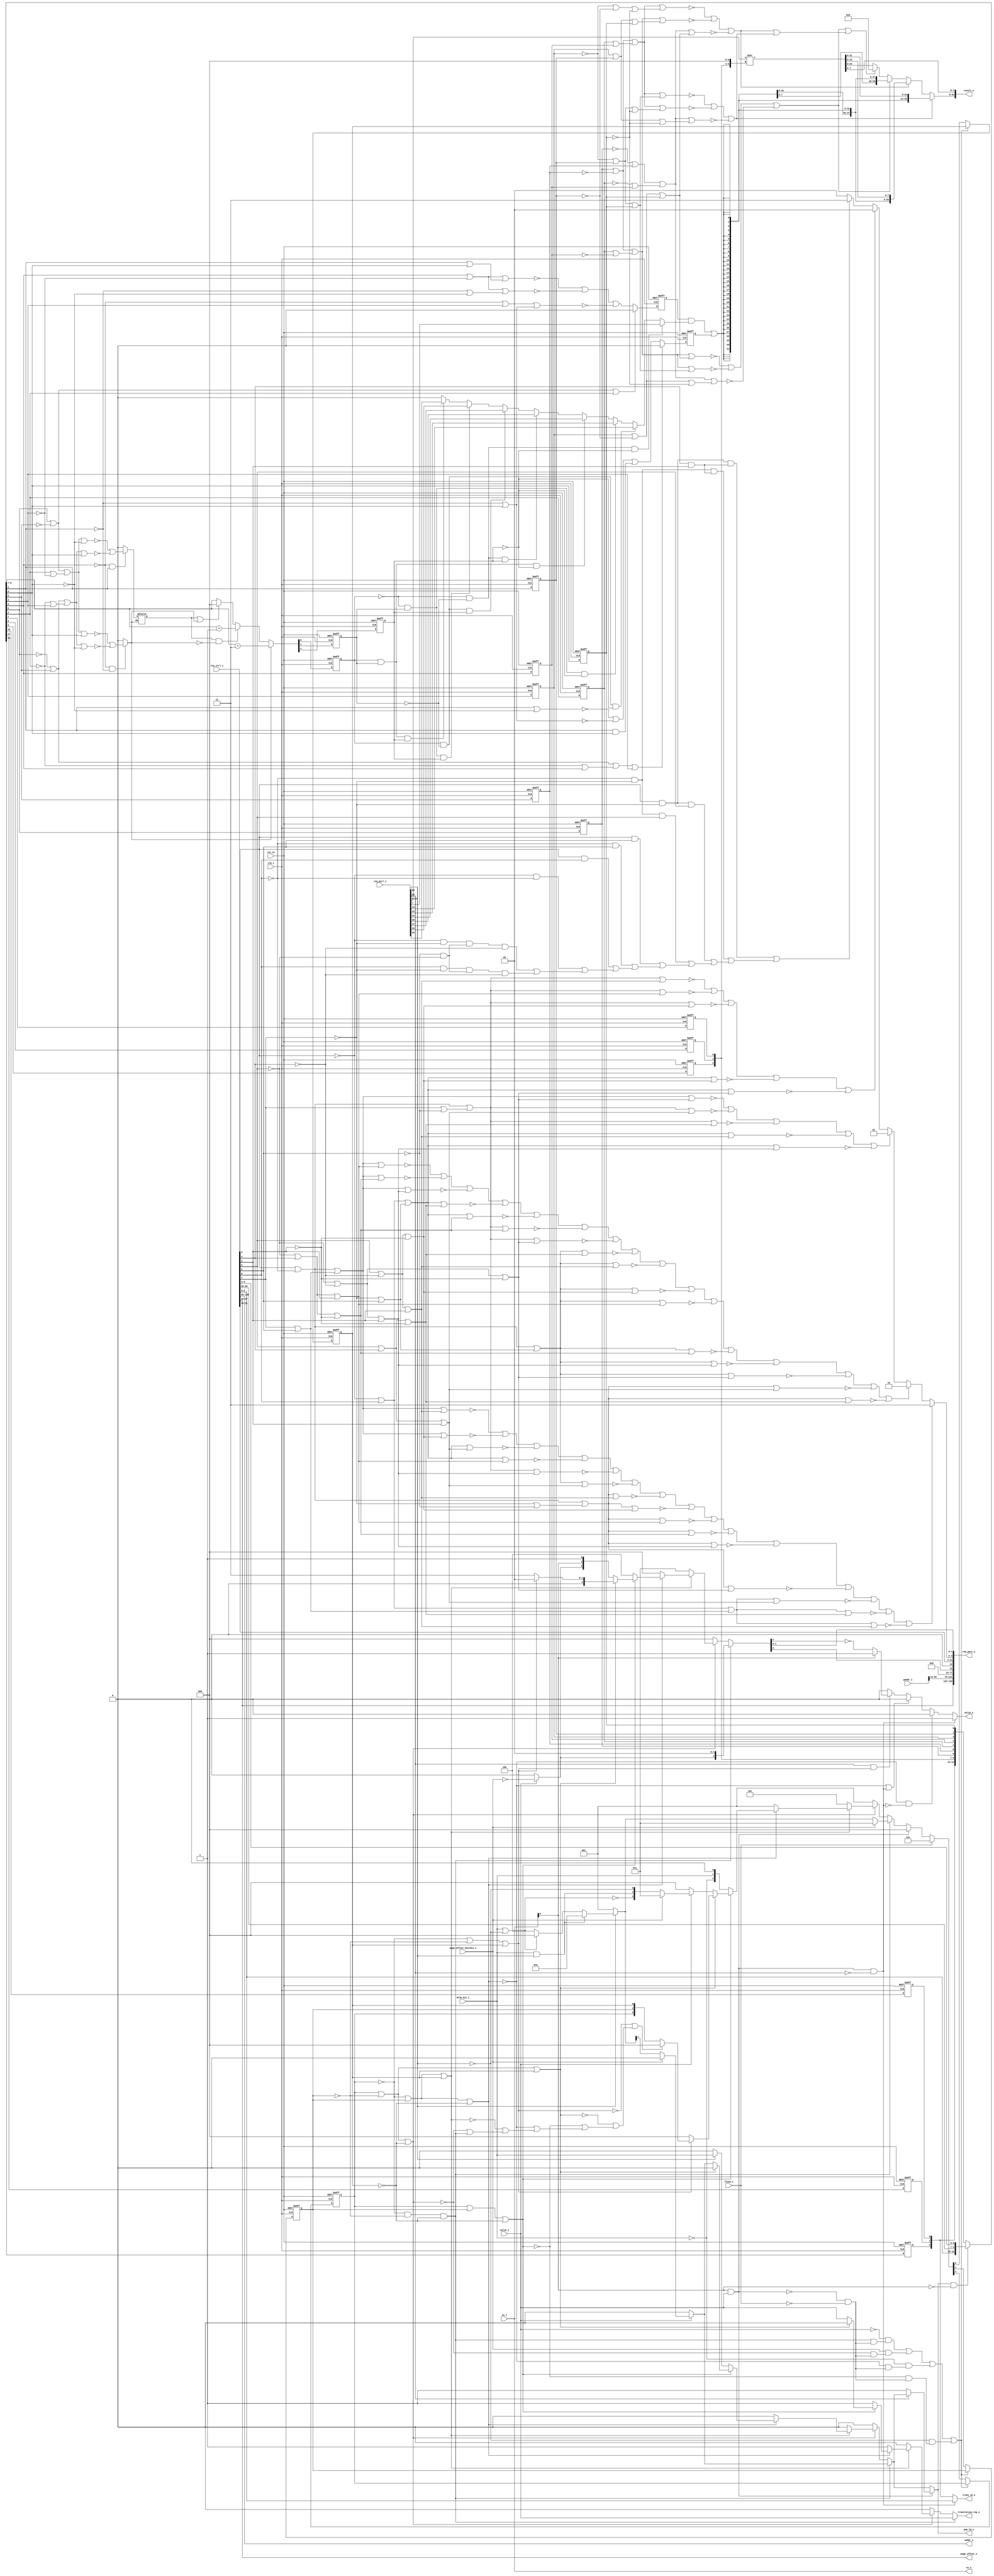
module load_unit
(
  clk_i,
  rst_ni,
  flush_i,
  valid_i,
  lsu_ctrl_i,
  pop_ld_o,
  valid_o,
  trans_id_o,
  result_o,
  ex_o,
  translation_req_o,
  vaddr_o,
  paddr_i,
  ex_i,
  dtlb_hit_i,
  page_offset_o,
  page_offset_matches_i,
  req_port_i,
  req_port_o
);

  input [150:0] lsu_ctrl_i;
  output [2:0] trans_id_o;
  output [63:0] result_o;
  output [128:0] ex_o;
  output [63:0] vaddr_o;
  input [63:0] paddr_i;
  input [128:0] ex_i;
  output [11:0] page_offset_o;
  input [65:0] req_port_i;
  output [133:0] req_port_o;
  input clk_i;
  input rst_ni;
  input flush_i;
  input valid_i;
  input dtlb_hit_i;
  input page_offset_matches_i;
  output pop_ld_o;
  output valid_o;
  output translation_req_o;
  wire [2:0] trans_id_o,state_d,idx_d;
  wire [63:0] result_o,vaddr_o;
  wire [128:0] ex_o;
  wire [11:0] page_offset_o;
  wire [133:0] req_port_o;
  wire pop_ld_o,valid_o,translation_req_o,N0,N1,N2,N3,N4,N5,N6,N7,N8,N9,N10,N11,N12,
  N13,N14,N15,N16,N17,N18,N19,N20,N21,N22,N23,N24,N25,N26,N27,N28,N29,N30,N31,N32,
  N33,N34,N35,N36,N37,N38,N39,N40,N41,N42,N43,N44,N45,N46,N47,N48,N49,N50,N51,N52,
  N53,N54,N55,N56,N57,N58,N59,N60,N61,N62,N63,N64,N65,N66,N67,N68,N69,N70,N71,N72,
  N73,N74,N75,N76,N77,N78,N79,N80,N81,N82,N83,N84,N85,N86,N87,N88,N89,N90,N91,N92,
  N93,N94,N95,N96,N97,N98,N99,N100,N101,N102,N103,N104,N105,N106,N107,N108,N109,N110,
  N111,N112,N113,N114,N115,N116,N117,N118,N119,N120,N121,N122,N123,N124,N125,N126,
  N127,N128,N129,N130,N131,N132,N133,N134,N135,N136,N137,N138,N139,N140,N141,N142,
  N143,N144,N145,N146,N147,N148,N149,N150,N151,N152,N153,N154,N155,N156,N157,N158,
  N159,N160,N161,N162,N163,N164,N165,N166,N167,N168,N169,N170,N171,N172,N173,N174,
  N175,N176,N177,N178,N179,N180,N181,N182,N183,N184,N185,N186,N187,N188,N189,N190,
  N191,N192,N193,N194,N195,N196,N197,N198,N199,N200,N201,N202,N203,N204,N205,N206,
  N207,N208,N209,N210,N211,N212,N213,N214,N215,N216,N217,N218,N219,N220,N221,N222,
  N223,N224,N225,N226,N227,N228,signed_d,N229,N230,N231,N232,N233,N234,N235,N236,
  N237,N238,N239,fp_sign_d,N240,N241,N242,N243,N244,N245,N246,N247,N248,N249,N250,
  N251,N252,N253,N254,N255,N256,N257,N258,N259,N260,N261,N262,N263,N264,N265,N266,
  N267,N268,N269,N270,N271,N272,N273,N274,N275,N276,N277,N278,N279,N280,N281,N282,
  N283,N284,N285,N286,N287,N288,N289,N290,N291,sign_bit,N292,N293,N294,N295,N296,
  N297,N298,N299,N300,N301,N302,N303,N304,N305,N306,N307,N308,N309,N310,N311,N312,
  N313,N314,N315,N316,N317,N318,N319,N320,N321,N322,N323,N324,N325,N326,N327,N328,
  N329,N330,N331,N332,N333,N334,N335,N336,N337,N338,N339,N340,N341,N342,N343,N344,
  N345,N346,N347,N348,N349,N350,N351,N352,N353,N354,N355,N356,N357,N358,N359,N360,
  N361,N362,N363,N364,N365,N366,N367,N368,N369,N370,N371,N372,N373,N374,N375,N376,
  N377,N378,N379,N380,N381,N382,N383,N384,N385,N386,N387,N388,N389,N390,N391,N392,
  N393,N394,N395,N396,N397,N398,N399,N400,N401,N402,N403,N404,N405,N406,N407,N408,
  N409,N410,N411,N412,N413,N414,N415,N416,N417,N418,N419,N420,N421,N422,N423,N424,
  N425,N426,N427,N428,N429,N430,N431,N432,N433,N434,N435,N436,N437,N438,N439,N440,
  N441,N442,N443,N444,N445,N446,N447,N448,N449,N450,N451,N452,N453,N454,N455,N456,
  N457,N458,N459,N460,N461,N462,N463,N464,N465,N466,N467,N468,N469,N470,N471,N472,
  N473,N474,N475,N476,N477,N478,N479,N480,N481,N482,N483,N484,N485,N486,N487;
  wire [12:0] load_data_d;
  wire [63:8] shifted_data;
  reg [12:0] load_data_q;
  reg [2:0] state_q,idx_q;
  reg n__tmp493,signed_q,fp_sign_q;
  assign req_port_o[14] = 1'b0;
  assign req_port_o[15] = 1'b0;
  assign req_port_o[16] = 1'b0;
  assign req_port_o[17] = 1'b0;
  assign req_port_o[18] = 1'b0;
  assign req_port_o[19] = 1'b0;
  assign req_port_o[20] = 1'b0;
  assign req_port_o[21] = 1'b0;
  assign req_port_o[22] = 1'b0;
  assign req_port_o[23] = 1'b0;
  assign req_port_o[24] = 1'b0;
  assign req_port_o[25] = 1'b0;
  assign req_port_o[26] = 1'b0;
  assign req_port_o[27] = 1'b0;
  assign req_port_o[28] = 1'b0;
  assign req_port_o[29] = 1'b0;
  assign req_port_o[30] = 1'b0;
  assign req_port_o[31] = 1'b0;
  assign req_port_o[32] = 1'b0;
  assign req_port_o[33] = 1'b0;
  assign req_port_o[34] = 1'b0;
  assign req_port_o[35] = 1'b0;
  assign req_port_o[36] = 1'b0;
  assign req_port_o[37] = 1'b0;
  assign req_port_o[38] = 1'b0;
  assign req_port_o[39] = 1'b0;
  assign req_port_o[40] = 1'b0;
  assign req_port_o[41] = 1'b0;
  assign req_port_o[42] = 1'b0;
  assign req_port_o[43] = 1'b0;
  assign req_port_o[44] = 1'b0;
  assign req_port_o[45] = 1'b0;
  assign req_port_o[46] = 1'b0;
  assign req_port_o[47] = 1'b0;
  assign req_port_o[48] = 1'b0;
  assign req_port_o[49] = 1'b0;
  assign req_port_o[50] = 1'b0;
  assign req_port_o[51] = 1'b0;
  assign req_port_o[52] = 1'b0;
  assign req_port_o[53] = 1'b0;
  assign req_port_o[54] = 1'b0;
  assign req_port_o[55] = 1'b0;
  assign req_port_o[56] = 1'b0;
  assign req_port_o[57] = 1'b0;
  assign req_port_o[58] = 1'b0;
  assign req_port_o[59] = 1'b0;
  assign req_port_o[60] = 1'b0;
  assign req_port_o[61] = 1'b0;
  assign req_port_o[62] = 1'b0;
  assign req_port_o[63] = 1'b0;
  assign req_port_o[64] = 1'b0;
  assign req_port_o[65] = 1'b0;
  assign req_port_o[66] = 1'b0;
  assign req_port_o[67] = 1'b0;
  assign req_port_o[68] = 1'b0;
  assign req_port_o[69] = 1'b0;
  assign req_port_o[70] = 1'b0;
  assign req_port_o[71] = 1'b0;
  assign req_port_o[72] = 1'b0;
  assign req_port_o[73] = 1'b0;
  assign req_port_o[74] = 1'b0;
  assign req_port_o[75] = 1'b0;
  assign req_port_o[76] = 1'b0;
  assign req_port_o[77] = 1'b0;
  assign req_port_o[12] = 1'b0;
  assign req_port_o[133] = lsu_ctrl_i[97];
  assign vaddr_o[11] = lsu_ctrl_i[97];
  assign page_offset_o[11] = lsu_ctrl_i[97];
  assign req_port_o[132] = lsu_ctrl_i[96];
  assign vaddr_o[10] = lsu_ctrl_i[96];
  assign page_offset_o[10] = lsu_ctrl_i[96];
  assign req_port_o[131] = lsu_ctrl_i[95];
  assign vaddr_o[9] = lsu_ctrl_i[95];
  assign page_offset_o[9] = lsu_ctrl_i[95];
  assign req_port_o[130] = lsu_ctrl_i[94];
  assign vaddr_o[8] = lsu_ctrl_i[94];
  assign page_offset_o[8] = lsu_ctrl_i[94];
  assign req_port_o[129] = lsu_ctrl_i[93];
  assign vaddr_o[7] = lsu_ctrl_i[93];
  assign page_offset_o[7] = lsu_ctrl_i[93];
  assign req_port_o[128] = lsu_ctrl_i[92];
  assign vaddr_o[6] = lsu_ctrl_i[92];
  assign page_offset_o[6] = lsu_ctrl_i[92];
  assign req_port_o[127] = lsu_ctrl_i[91];
  assign vaddr_o[5] = lsu_ctrl_i[91];
  assign page_offset_o[5] = lsu_ctrl_i[91];
  assign req_port_o[126] = lsu_ctrl_i[90];
  assign vaddr_o[4] = lsu_ctrl_i[90];
  assign page_offset_o[4] = lsu_ctrl_i[90];
  assign req_port_o[125] = lsu_ctrl_i[89];
  assign vaddr_o[3] = lsu_ctrl_i[89];
  assign page_offset_o[3] = lsu_ctrl_i[89];
  assign req_port_o[124] = lsu_ctrl_i[88];
  assign vaddr_o[2] = lsu_ctrl_i[88];
  assign page_offset_o[2] = lsu_ctrl_i[88];
  assign req_port_o[123] = lsu_ctrl_i[87];
  assign vaddr_o[1] = lsu_ctrl_i[87];
  assign page_offset_o[1] = lsu_ctrl_i[87];
  assign req_port_o[122] = lsu_ctrl_i[86];
  assign vaddr_o[0] = lsu_ctrl_i[86];
  assign page_offset_o[0] = lsu_ctrl_i[86];
  assign vaddr_o[63] = lsu_ctrl_i[149];
  assign vaddr_o[62] = lsu_ctrl_i[148];
  assign vaddr_o[61] = lsu_ctrl_i[147];
  assign vaddr_o[60] = lsu_ctrl_i[146];
  assign vaddr_o[59] = lsu_ctrl_i[145];
  assign vaddr_o[58] = lsu_ctrl_i[144];
  assign vaddr_o[57] = lsu_ctrl_i[143];
  assign vaddr_o[56] = lsu_ctrl_i[142];
  assign vaddr_o[55] = lsu_ctrl_i[141];
  assign vaddr_o[54] = lsu_ctrl_i[140];
  assign vaddr_o[53] = lsu_ctrl_i[139];
  assign vaddr_o[52] = lsu_ctrl_i[138];
  assign vaddr_o[51] = lsu_ctrl_i[137];
  assign vaddr_o[50] = lsu_ctrl_i[136];
  assign vaddr_o[49] = lsu_ctrl_i[135];
  assign vaddr_o[48] = lsu_ctrl_i[134];
  assign vaddr_o[47] = lsu_ctrl_i[133];
  assign vaddr_o[46] = lsu_ctrl_i[132];
  assign vaddr_o[45] = lsu_ctrl_i[131];
  assign vaddr_o[44] = lsu_ctrl_i[130];
  assign vaddr_o[43] = lsu_ctrl_i[129];
  assign vaddr_o[42] = lsu_ctrl_i[128];
  assign vaddr_o[41] = lsu_ctrl_i[127];
  assign vaddr_o[40] = lsu_ctrl_i[126];
  assign vaddr_o[39] = lsu_ctrl_i[125];
  assign vaddr_o[38] = lsu_ctrl_i[124];
  assign vaddr_o[37] = lsu_ctrl_i[123];
  assign vaddr_o[36] = lsu_ctrl_i[122];
  assign vaddr_o[35] = lsu_ctrl_i[121];
  assign vaddr_o[34] = lsu_ctrl_i[120];
  assign vaddr_o[33] = lsu_ctrl_i[119];
  assign vaddr_o[32] = lsu_ctrl_i[118];
  assign vaddr_o[31] = lsu_ctrl_i[117];
  assign vaddr_o[30] = lsu_ctrl_i[116];
  assign vaddr_o[29] = lsu_ctrl_i[115];
  assign vaddr_o[28] = lsu_ctrl_i[114];
  assign vaddr_o[27] = lsu_ctrl_i[113];
  assign vaddr_o[26] = lsu_ctrl_i[112];
  assign vaddr_o[25] = lsu_ctrl_i[111];
  assign vaddr_o[24] = lsu_ctrl_i[110];
  assign vaddr_o[23] = lsu_ctrl_i[109];
  assign vaddr_o[22] = lsu_ctrl_i[108];
  assign vaddr_o[21] = lsu_ctrl_i[107];
  assign vaddr_o[20] = lsu_ctrl_i[106];
  assign vaddr_o[19] = lsu_ctrl_i[105];
  assign vaddr_o[18] = lsu_ctrl_i[104];
  assign vaddr_o[17] = lsu_ctrl_i[103];
  assign vaddr_o[16] = lsu_ctrl_i[102];
  assign vaddr_o[15] = lsu_ctrl_i[101];
  assign vaddr_o[14] = lsu_ctrl_i[100];
  assign vaddr_o[13] = lsu_ctrl_i[99];
  assign vaddr_o[12] = lsu_ctrl_i[98];
  assign req_port_o[11] = lsu_ctrl_i[21];
  assign req_port_o[10] = lsu_ctrl_i[20];
  assign req_port_o[9] = lsu_ctrl_i[19];
  assign req_port_o[8] = lsu_ctrl_i[18];
  assign req_port_o[7] = lsu_ctrl_i[17];
  assign req_port_o[6] = lsu_ctrl_i[16];
  assign req_port_o[5] = lsu_ctrl_i[15];
  assign req_port_o[4] = lsu_ctrl_i[14];
  assign ex_o[128] = ex_i[128];
  assign ex_o[127] = ex_i[127];
  assign ex_o[126] = ex_i[126];
  assign ex_o[125] = ex_i[125];
  assign ex_o[124] = ex_i[124];
  assign ex_o[123] = ex_i[123];
  assign ex_o[122] = ex_i[122];
  assign ex_o[121] = ex_i[121];
  assign ex_o[120] = ex_i[120];
  assign ex_o[119] = ex_i[119];
  assign ex_o[118] = ex_i[118];
  assign ex_o[117] = ex_i[117];
  assign ex_o[116] = ex_i[116];
  assign ex_o[115] = ex_i[115];
  assign ex_o[114] = ex_i[114];
  assign ex_o[113] = ex_i[113];
  assign ex_o[112] = ex_i[112];
  assign ex_o[111] = ex_i[111];
  assign ex_o[110] = ex_i[110];
  assign ex_o[109] = ex_i[109];
  assign ex_o[108] = ex_i[108];
  assign ex_o[107] = ex_i[107];
  assign ex_o[106] = ex_i[106];
  assign ex_o[105] = ex_i[105];
  assign ex_o[104] = ex_i[104];
  assign ex_o[103] = ex_i[103];
  assign ex_o[102] = ex_i[102];
  assign ex_o[101] = ex_i[101];
  assign ex_o[100] = ex_i[100];
  assign ex_o[99] = ex_i[99];
  assign ex_o[98] = ex_i[98];
  assign ex_o[97] = ex_i[97];
  assign ex_o[96] = ex_i[96];
  assign ex_o[95] = ex_i[95];
  assign ex_o[94] = ex_i[94];
  assign ex_o[93] = ex_i[93];
  assign ex_o[92] = ex_i[92];
  assign ex_o[91] = ex_i[91];
  assign ex_o[90] = ex_i[90];
  assign ex_o[89] = ex_i[89];
  assign ex_o[88] = ex_i[88];
  assign ex_o[87] = ex_i[87];
  assign ex_o[86] = ex_i[86];
  assign ex_o[85] = ex_i[85];
  assign ex_o[84] = ex_i[84];
  assign ex_o[83] = ex_i[83];
  assign ex_o[82] = ex_i[82];
  assign ex_o[81] = ex_i[81];
  assign ex_o[80] = ex_i[80];
  assign ex_o[79] = ex_i[79];
  assign ex_o[78] = ex_i[78];
  assign ex_o[77] = ex_i[77];
  assign ex_o[76] = ex_i[76];
  assign ex_o[75] = ex_i[75];
  assign ex_o[74] = ex_i[74];
  assign ex_o[73] = ex_i[73];
  assign ex_o[72] = ex_i[72];
  assign ex_o[71] = ex_i[71];
  assign ex_o[70] = ex_i[70];
  assign ex_o[69] = ex_i[69];
  assign ex_o[68] = ex_i[68];
  assign ex_o[67] = ex_i[67];
  assign ex_o[66] = ex_i[66];
  assign ex_o[65] = ex_i[65];
  assign ex_o[64] = ex_i[64];
  assign ex_o[63] = ex_i[63];
  assign ex_o[62] = ex_i[62];
  assign ex_o[61] = ex_i[61];
  assign ex_o[60] = ex_i[60];
  assign ex_o[59] = ex_i[59];
  assign ex_o[58] = ex_i[58];
  assign ex_o[57] = ex_i[57];
  assign ex_o[56] = ex_i[56];
  assign ex_o[55] = ex_i[55];
  assign ex_o[54] = ex_i[54];
  assign ex_o[53] = ex_i[53];
  assign ex_o[52] = ex_i[52];
  assign ex_o[51] = ex_i[51];
  assign ex_o[50] = ex_i[50];
  assign ex_o[49] = ex_i[49];
  assign ex_o[48] = ex_i[48];
  assign ex_o[47] = ex_i[47];
  assign ex_o[46] = ex_i[46];
  assign ex_o[45] = ex_i[45];
  assign ex_o[44] = ex_i[44];
  assign ex_o[43] = ex_i[43];
  assign ex_o[42] = ex_i[42];
  assign ex_o[41] = ex_i[41];
  assign ex_o[40] = ex_i[40];
  assign ex_o[39] = ex_i[39];
  assign ex_o[38] = ex_i[38];
  assign ex_o[37] = ex_i[37];
  assign ex_o[36] = ex_i[36];
  assign ex_o[35] = ex_i[35];
  assign ex_o[34] = ex_i[34];
  assign ex_o[33] = ex_i[33];
  assign ex_o[32] = ex_i[32];
  assign ex_o[31] = ex_i[31];
  assign ex_o[30] = ex_i[30];
  assign ex_o[29] = ex_i[29];
  assign ex_o[28] = ex_i[28];
  assign ex_o[27] = ex_i[27];
  assign ex_o[26] = ex_i[26];
  assign ex_o[25] = ex_i[25];
  assign ex_o[24] = ex_i[24];
  assign ex_o[23] = ex_i[23];
  assign ex_o[22] = ex_i[22];
  assign ex_o[21] = ex_i[21];
  assign ex_o[20] = ex_i[20];
  assign ex_o[19] = ex_i[19];
  assign ex_o[18] = ex_i[18];
  assign ex_o[17] = ex_i[17];
  assign ex_o[16] = ex_i[16];
  assign ex_o[15] = ex_i[15];
  assign ex_o[14] = ex_i[14];
  assign ex_o[13] = ex_i[13];
  assign ex_o[12] = ex_i[12];
  assign ex_o[11] = ex_i[11];
  assign ex_o[10] = ex_i[10];
  assign ex_o[9] = ex_i[9];
  assign ex_o[8] = ex_i[8];
  assign ex_o[7] = ex_i[7];
  assign ex_o[6] = ex_i[6];
  assign ex_o[5] = ex_i[5];
  assign ex_o[4] = ex_i[4];
  assign ex_o[3] = ex_i[3];
  assign ex_o[2] = ex_i[2];
  assign ex_o[1] = ex_i[1];
  assign ex_o[0] = ex_i[0];
  assign req_port_o[121] = paddr_i[55];
  assign req_port_o[120] = paddr_i[54];
  assign req_port_o[119] = paddr_i[53];
  assign req_port_o[118] = paddr_i[52];
  assign req_port_o[117] = paddr_i[51];
  assign req_port_o[116] = paddr_i[50];
  assign req_port_o[115] = paddr_i[49];
  assign req_port_o[114] = paddr_i[48];
  assign req_port_o[113] = paddr_i[47];
  assign req_port_o[112] = paddr_i[46];
  assign req_port_o[111] = paddr_i[45];
  assign req_port_o[110] = paddr_i[44];
  assign req_port_o[109] = paddr_i[43];
  assign req_port_o[108] = paddr_i[42];
  assign req_port_o[107] = paddr_i[41];
  assign req_port_o[106] = paddr_i[40];
  assign req_port_o[105] = paddr_i[39];
  assign req_port_o[104] = paddr_i[38];
  assign req_port_o[103] = paddr_i[37];
  assign req_port_o[102] = paddr_i[36];
  assign req_port_o[101] = paddr_i[35];
  assign req_port_o[100] = paddr_i[34];
  assign req_port_o[99] = paddr_i[33];
  assign req_port_o[98] = paddr_i[32];
  assign req_port_o[97] = paddr_i[31];
  assign req_port_o[96] = paddr_i[30];
  assign req_port_o[95] = paddr_i[29];
  assign req_port_o[94] = paddr_i[28];
  assign req_port_o[93] = paddr_i[27];
  assign req_port_o[92] = paddr_i[26];
  assign req_port_o[91] = paddr_i[25];
  assign req_port_o[90] = paddr_i[24];
  assign req_port_o[89] = paddr_i[23];
  assign req_port_o[88] = paddr_i[22];
  assign req_port_o[87] = paddr_i[21];
  assign req_port_o[86] = paddr_i[20];
  assign req_port_o[85] = paddr_i[19];
  assign req_port_o[84] = paddr_i[18];
  assign req_port_o[83] = paddr_i[17];
  assign req_port_o[82] = paddr_i[16];
  assign req_port_o[81] = paddr_i[15];
  assign req_port_o[80] = paddr_i[14];
  assign req_port_o[79] = paddr_i[13];
  assign req_port_o[78] = paddr_i[12];
  assign N41 = lsu_ctrl_i[9] | N122;
  assign N42 = lsu_ctrl_i[7] | lsu_ctrl_i[6];
  assign N43 = lsu_ctrl_i[5] | N127;
  assign N44 = N41 | N42;
  assign N45 = N43 | lsu_ctrl_i[3];
  assign N46 = N44 | N45;
  assign N48 = N43 | N47;
  assign N49 = N44 | N48;
  assign N50 = N125 | lsu_ctrl_i[8];
  assign N51 = N113 | lsu_ctrl_i[6];
  assign N52 = lsu_ctrl_i[5] | lsu_ctrl_i[4];
  assign N53 = N50 | N51;
  assign N54 = N52 | lsu_ctrl_i[3];
  assign N55 = N53 | N54;
  assign N57 = N56 | lsu_ctrl_i[4];
  assign N58 = N57 | lsu_ctrl_i[3];
  assign N59 = N53 | N58;
  assign N61 = lsu_ctrl_i[7] | N60;
  assign N62 = N56 | N127;
  assign N63 = N41 | N61;
  assign N64 = N62 | lsu_ctrl_i[3];
  assign N65 = N63 | N64;
  assign N66 = N41 | N51;
  assign N67 = N66 | N54;
  assign N68 = N113 | N60;
  assign N69 = N41 | N68;
  assign N70 = N69 | N45;
  assign N71 = N69 | N48;
  assign N72 = N69 | N58;
  assign N73 = N57 | N47;
  assign N74 = N69 | N73;
  assign N75 = N69 | N64;
  assign N76 = N62 | N47;
  assign N77 = N69 | N76;
  assign N78 = N50 | N42;
  assign N79 = N78 | N54;
  assign N80 = N52 | N47;
  assign N81 = N78 | N80;
  assign N82 = N78 | N45;
  assign N84 = N44 | N58;
  assign N85 = N44 | N73;
  assign N86 = N44 | N64;
  assign N87 = N53 | N80;
  assign N88 = N53 | N73;
  assign N89 = N63 | N73;
  assign N90 = N63 | N76;
  assign N91 = N66 | N80;
  assign N92 = N66 | N45;
  assign N93 = N66 | N48;
  assign N94 = N66 | N58;
  assign N95 = N66 | N73;
  assign N96 = N66 | N64;
  assign N97 = N66 | N76;
  assign N98 = N69 | N54;
  assign N99 = N69 | N80;
  assign N101 = N44 | N76;
  assign N102 = N63 | N54;
  assign N103 = N63 | N80;
  assign N104 = N53 | N45;
  assign N105 = N53 | N64;
  assign N107 = N63 | N45;
  assign N108 = N63 | N58;
  assign N109 = N63 | N48;
  assign N110 = N53 | N48;
  assign N111 = N53 | N76;
  assign N114 = lsu_ctrl_i[9] & N113;
  assign N115 = lsu_ctrl_i[4] & lsu_ctrl_i[3];
  assign N116 = N114 & N115;
  assign N117 = N122 & N113;
  assign N118 = N117 & N115;
  assign N119 = N114 & lsu_ctrl_i[5];
  assign N120 = N117 & lsu_ctrl_i[5];
  assign N121 = lsu_ctrl_i[9] & lsu_ctrl_i[6];
  assign N123 = N122 & lsu_ctrl_i[6];
  assign N124 = lsu_ctrl_i[9] & lsu_ctrl_i[8];
  assign N126 = N125 & N122;
  assign N128 = N125 & N113;
  assign N129 = N60 & N56;
  assign N130 = N128 & N129;
  assign N131 = N130 & N127;
  assign N132 = lsu_ctrl_i[8] & N113;
  assign N133 = N132 & N129;
  assign N134 = N133 & N127;
  assign N136 = N372 & N377;
  assign N137 = N136 & N373;
  assign N138 = state_q[2] | N377;
  assign N139 = N138 | N373;
  assign N141 = N372 | state_q[1];
  assign N142 = N141 | state_q[0];
  assign N144 = N372 | state_q[1];
  assign N145 = N144 | N373;
  assign N147 = state_q[2] | state_q[1];
  assign N148 = N147 | N373;
  assign N150 = state_q[2] | N377;
  assign N151 = N150 | state_q[0];
  assign N153 = N372 | N377;
  assign N154 = N153 | state_q[0];

  always @(posedge clk_i or posedge N210) begin
    if(N210) begin
      load_data_q[12] <= 1'b0;
    end else if(1'b1) begin
      load_data_q[12] <= load_data_d[12];
    end 
  end


  always @(posedge clk_i or posedge N210) begin
    if(N210) begin
      load_data_q[11] <= 1'b0;
    end else if(1'b1) begin
      load_data_q[11] <= load_data_d[11];
    end 
  end


  always @(posedge clk_i or posedge N210) begin
    if(N210) begin
      load_data_q[10] <= 1'b0;
    end else if(1'b1) begin
      load_data_q[10] <= load_data_d[10];
    end 
  end


  always @(posedge clk_i or posedge N210) begin
    if(N210) begin
      load_data_q[9] <= 1'b0;
    end else if(1'b1) begin
      load_data_q[9] <= load_data_d[9];
    end 
  end


  always @(posedge clk_i or posedge N210) begin
    if(N210) begin
      load_data_q[8] <= 1'b0;
    end else if(1'b1) begin
      load_data_q[8] <= load_data_d[8];
    end 
  end


  always @(posedge clk_i or posedge N210) begin
    if(N210) begin
      load_data_q[7] <= 1'b0;
    end else if(1'b1) begin
      load_data_q[7] <= load_data_d[7];
    end 
  end


  always @(posedge clk_i or posedge N210) begin
    if(N210) begin
      load_data_q[6] <= 1'b0;
    end else if(1'b1) begin
      load_data_q[6] <= load_data_d[6];
    end 
  end


  always @(posedge clk_i or posedge N210) begin
    if(N210) begin
      load_data_q[5] <= 1'b0;
    end else if(1'b1) begin
      load_data_q[5] <= load_data_d[5];
    end 
  end


  always @(posedge clk_i or posedge N210) begin
    if(N210) begin
      load_data_q[4] <= 1'b0;
    end else if(1'b1) begin
      load_data_q[4] <= load_data_d[4];
    end 
  end


  always @(posedge clk_i or posedge N210) begin
    if(N210) begin
      load_data_q[3] <= 1'b0;
    end else if(1'b1) begin
      load_data_q[3] <= load_data_d[3];
    end 
  end


  always @(posedge clk_i or posedge N210) begin
    if(N210) begin
      load_data_q[2] <= 1'b0;
    end else if(1'b1) begin
      load_data_q[2] <= load_data_d[2];
    end 
  end


  always @(posedge clk_i or posedge N210) begin
    if(N210) begin
      load_data_q[1] <= 1'b0;
    end else if(1'b1) begin
      load_data_q[1] <= load_data_d[1];
    end 
  end


  always @(posedge clk_i or posedge N210) begin
    if(N210) begin
      load_data_q[0] <= 1'b0;
    end else if(1'b1) begin
      load_data_q[0] <= load_data_d[0];
    end 
  end


  always @(posedge clk_i or posedge N210) begin
    if(N210) begin
      state_q[2] <= 1'b0;
    end else if(N371) begin
      state_q[2] <= state_d[2];
    end 
  end


  always @(posedge clk_i or posedge N210) begin
    if(N210) begin
      state_q[1] <= 1'b0;
    end else if(N371) begin
      state_q[1] <= state_d[1];
    end 
  end


  always @(posedge clk_i or posedge N210) begin
    if(N210) begin
      state_q[0] <= 1'b0;
    end else if(N371) begin
      state_q[0] <= state_d[0];
    end 
  end

  assign { shifted_data, result_o[7:0] } = req_port_i[63:0] >> { load_data_q[9:7], 1'b0, 1'b0, 1'b0 };
  assign N212 = load_data_d[6] | N211;
  assign N213 = N212 | load_data_d[4];
  assign N216 = load_data_d[3] | N215;
  assign N217 = load_data_d[1] | load_data_d[0];
  assign N218 = N216 | N217;
  assign N221 = load_data_d[3] | N215;
  assign N222 = N219 | N220;
  assign N223 = N221 | N222;
  assign N225 = N224 | load_data_d[2];
  assign N226 = N219 | load_data_d[0];
  assign N227 = N225 | N226;
  assign N231 = N229 | load_data_d[5];
  assign N232 = N230 | load_data_d[3];
  assign N233 = N231 | N232;
  assign N234 = N233 | load_data_d[2];
  assign N236 = load_data_d[1] | N220;
  assign N237 = N219 | load_data_d[0];
  assign N238 = load_data_d[1] & load_data_d[0];
  assign N240 = N224 & N219;
  assign N241 = load_data_d[6] | N211;
  assign N242 = load_data_d[4] | N215;
  assign N243 = N241 | N242;
  assign N244 = N243 | load_data_d[0];
  assign N245 = N229 | load_data_d[5];
  assign N246 = N230 | load_data_d[2];
  assign N247 = N245 | N246;
  assign N248 = N247 | N220;
  assign N253 = N224 & load_data_d[1];
  assign N254 = load_data_d[6] | N211;
  assign N255 = load_data_d[4] | N215;
  assign N256 = N254 | N255;
  assign N257 = N256 | N220;
  assign N258 = N229 | load_data_d[5];
  assign N259 = N230 | load_data_d[2];
  assign N260 = N258 | N259;
  assign N261 = N260 | load_data_d[0];

  always @(N264 or N252) begin
    if(N252) begin
      n__tmp493 <= N264;
    end 
  end

  assign N291 = (N283)? req_port_i[7] : 
                (N285)? req_port_i[15] : 
                (N287)? req_port_i[23] : 
                (N289)? req_port_i[31] : 
                (N284)? req_port_i[39] : 
                (N286)? req_port_i[47] : 
                (N288)? req_port_i[55] : 
                (N290)? req_port_i[63] : 1'b0;
  assign N294 = load_data_q[6] | N292;
  assign N295 = load_data_q[4] | load_data_q[3];
  assign N296 = N293 | load_data_q[1];
  assign N297 = N294 | N295;
  assign N298 = N296 | load_data_q[0];
  assign N299 = N297 | N298;
  assign N301 = load_data_q[6] | N292;
  assign N302 = load_data_q[4] | load_data_q[3];
  assign N303 = N293 | load_data_q[1];
  assign N304 = N301 | N302;
  assign N305 = N303 | N300;
  assign N306 = N304 | N305;
  assign N309 = N307 | load_data_q[5];
  assign N310 = N308 | load_data_q[3];
  assign N311 = load_data_q[2] | load_data_q[1];
  assign N312 = N309 | N310;
  assign N313 = N311 | N300;
  assign N314 = N312 | N313;
  assign N317 = load_data_q[6] | N292;
  assign N318 = load_data_q[4] | load_data_q[3];
  assign N319 = N293 | N316;
  assign N320 = N317 | N318;
  assign N321 = N319 | N300;
  assign N322 = N320 | N321;
  assign N324 = load_data_q[6] | N292;
  assign N325 = load_data_q[4] | N323;
  assign N326 = load_data_q[2] | load_data_q[1];
  assign N327 = N324 | N325;
  assign N328 = N326 | load_data_q[0];
  assign N329 = N327 | N328;
  assign N330 = N307 | load_data_q[5];
  assign N331 = N308 | load_data_q[3];
  assign N332 = load_data_q[2] | N316;
  assign N333 = N330 | N331;
  assign N334 = N332 | load_data_q[0];
  assign N335 = N333 | N334;
  assign N337 = load_data_q[6] | N292;
  assign N338 = load_data_q[4] | N323;
  assign N339 = load_data_q[2] | N316;
  assign N340 = N337 | N338;
  assign N341 = N339 | load_data_q[0];
  assign N342 = N340 | N341;
  assign N343 = load_data_q[6] | N292;
  assign N344 = load_data_q[4] | N323;
  assign N345 = N293 | load_data_q[1];
  assign N346 = N343 | N344;
  assign N347 = N345 | load_data_q[0];
  assign N348 = N346 | N347;
  assign N349 = N307 | load_data_q[5];
  assign N350 = N308 | load_data_q[3];
  assign N351 = load_data_q[2] | N316;
  assign N352 = N349 | N350;
  assign N353 = N351 | N300;
  assign N354 = N352 | N353;

  always @(posedge clk_i or posedge N210) begin
    if(N210) begin
      signed_q <= 1'b0;
    end else if(1'b1) begin
      signed_q <= signed_d;
    end 
  end


  always @(posedge clk_i or posedge N210) begin
    if(N210) begin
      fp_sign_q <= 1'b0;
    end else if(1'b1) begin
      fp_sign_q <= fp_sign_d;
    end 
  end


  always @(posedge clk_i or posedge N210) begin
    if(N210) begin
      idx_q[2] <= 1'b0;
    end else if(1'b1) begin
      idx_q[2] <= idx_d[2];
    end 
  end


  always @(posedge clk_i or posedge N210) begin
    if(N210) begin
      idx_q[1] <= 1'b0;
    end else if(1'b1) begin
      idx_q[1] <= idx_d[1];
    end 
  end


  always @(posedge clk_i or posedge N210) begin
    if(N210) begin
      idx_q[0] <= 1'b0;
    end else if(1'b1) begin
      idx_q[0] <= idx_d[0];
    end 
  end

  assign N372 = ~state_q[2];
  assign N373 = ~state_q[0];
  assign N374 = state_q[1] | N372;
  assign N375 = N373 | N374;
  assign N376 = ~N375;
  assign N377 = ~state_q[1];
  assign N378 = N377 | N372;
  assign N379 = state_q[0] | N378;
  assign { N269, N268, N267 } = load_data_d[9:7] + { 1'b1, 1'b1 };
  assign { N273, N272, N271 } = load_data_d[9:7] + 1'b1;
  assign req_port_o[3:2] = (N0)? { 1'b1, 1'b1 } : 
                           (N1)? { 1'b1, 1'b0 } : 
                           (N2)? { 1'b0, 1'b1 } : 
                           (N3)? { 1'b0, 1'b0 } : 
                           (N4)? { 1'b1, 1'b1 } : 1'b0;
  assign N0 = N83;
  assign N1 = N100;
  assign N2 = N106;
  assign N3 = N112;
  assign N4 = N135;
  assign { N160, N159, N158 } = (N5)? { 1'b0, 1'b0, 1'b1 } : 
                                (N170)? { 1'b0, 1'b1, 1'b0 } : 
                                (N6)? { 1'b1, 1'b0, 1'b0 } : 1'b0;
  assign N5 = N39;
  assign N6 = N171;
  assign N161 = (N7)? N159 : 
                (N8)? 1'b0 : 1'b0;
  assign N7 = N40;
  assign N8 = page_offset_matches_i;
  assign { N164, N163, N162 } = (N7)? { N160, N159, N158 } : 
                                (N8)? { 1'b0, 1'b1, 1'b1 } : 1'b0;
  assign N165 = (N9)? N40 : 
                (N10)? 1'b0 : 1'b0;
  assign N9 = valid_i;
  assign N10 = N156;
  assign N166 = (N9)? N161 : 
                (N10)? 1'b0 : 1'b0;
  assign N169 = (N11)? dtlb_hit_i : 
                (N168)? 1'b0 : 1'b0;
  assign N11 = req_port_i[65];
  assign N171 = ~N157;
  assign { N174, N173, N172 } = (N7)? { N171, N170, N39 } : 
                                (N8)? { 1'b0, 1'b1, 1'b1 } : 1'b0;
  assign { N177, N176, N175 } = (N9)? { N174, N173, N172 } : 
                                (N10)? { 1'b0, 1'b0, 1'b0 } : 1'b0;
  assign N185 = (N12)? N166 : 
                (N13)? 1'b0 : 
                (N14)? 1'b0 : 
                (N15)? 1'b0 : 
                (N16)? N169 : 
                (N17)? N166 : 
                (N18)? 1'b0 : 
                (N184)? 1'b0 : 1'b0;
  assign N12 = N137;
  assign N13 = N140;
  assign N14 = N143;
  assign N15 = N146;
  assign N16 = N149;
  assign N17 = N152;
  assign N18 = N155;
  assign translation_req_o = (N12)? valid_i : 
                             (N13)? 1'b0 : 
                             (N14)? 1'b0 : 
                             (N15)? 1'b1 : 
                             (N16)? 1'b1 : 
                             (N17)? valid_i : 
                             (N18)? 1'b0 : 
                             (N184)? 1'b0 : 1'b0;
  assign { N188, N187, N186 } = (N12)? { N164, N163, N162 } : 
                                (N13)? { 1'b0, 1'b0, 1'b1 } : 
                                (N14)? { 1'b1, 1'b0, 1'b1 } : 
                                (N15)? { 1'b0, 1'b0, 1'b1 } : 
                                (N16)? { N167, dtlb_hit_i, 1'b0 } : 
                                (N17)? { N177, N176, N175 } : 
                                (N18)? { 1'b0, 1'b0, 1'b0 } : 
                                (N184)? state_q : 1'b0;
  assign { req_port_o[13:13], req_port_o[1:0] } = (N12)? { N165, 1'b0, 1'b0 } : 
                                                  (N13)? { 1'b0, 1'b0, 1'b0 } : 
                                                  (N14)? { 1'b0, 1'b1, 1'b1 } : 
                                                  (N15)? { 1'b0, 1'b0, 1'b0 } : 
                                                  (N16)? { 1'b1, 1'b0, 1'b0 } : 
                                                  (N17)? { N165, ex_i[0:0], 1'b1 } : 
                                                  (N18)? { 1'b0, 1'b1, 1'b1 } : 
                                                  (N184)? { 1'b0, 1'b0, 1'b0 } : 1'b0;
  assign N192 = (N19)? 1'b1 : 
                (N20)? N185 : 1'b0;
  assign N19 = N191;
  assign N20 = req_port_i[64];
  assign { N195, N194, N193 } = (N21)? { 1'b0, 1'b0, 1'b0 } : 
                                (N190)? { N188, N187, N186 } : 1'b0;
  assign N21 = N189;
  assign pop_ld_o = (N21)? N192 : 
                    (N190)? N185 : 1'b0;
  assign load_data_d = (N22)? { lsu_ctrl_i[2:0], lsu_ctrl_i[88:86], lsu_ctrl_i[9:3] } : 
                       (N197)? load_data_q : 1'b0;
  assign N22 = N196;
  assign state_d = (N23)? { 1'b1, 1'b1, 1'b0 } : 
                   (N24)? { N195, N194, N193 } : 1'b0;
  assign N23 = flush_i;
  assign N24 = N198;
  assign N203 = (N25)? 1'b1 : 
                (N202)? N201 : 1'b0;
  assign N25 = ex_i[0];
  assign N204 = (N26)? N203 : 
                (N200)? 1'b0 : 1'b0;
  assign N26 = N199;
  assign valid_o = (N27)? 1'b1 : 
                   (N209)? 1'b0 : 
                   (N207)? N204 : 1'b0;
  assign N27 = N205;
  assign trans_id_o = (N27)? lsu_ctrl_i[2:0] : 
                      (N208)? load_data_q[12:10] : 
                      (N28)? load_data_q[12:10] : 1'b0;
  assign N28 = 1'b0;
  assign signed_d = (N29)? N228 : 
                    (N30)? 1'b0 : 1'b0;
  assign N29 = N214;
  assign N30 = N213;
  assign fp_sign_d = (N31)? N239 : 
                     (N32)? 1'b0 : 1'b0;
  assign N31 = N235;
  assign N32 = N234;
  assign N251 = (N33)? N249 : 
                (N250)? 1'b0 : 1'b0;
  assign N33 = N240;
  assign N264 = (N34)? N262 : 
                (N263)? 1'b0 : 1'b0;
  assign N34 = N253;
  assign idx_d = (N35)? { N269, N268, N267 } : 
                 (N275)? { N273, N272, N271 } : 
                 (N266)? load_data_d[9:7] : 1'b0;
  assign N35 = N251;
  assign result_o[63:8] = (N36)? { sign_bit, sign_bit, sign_bit, sign_bit, sign_bit, sign_bit, sign_bit, sign_bit, sign_bit, sign_bit, sign_bit, sign_bit, sign_bit, sign_bit, sign_bit, sign_bit, sign_bit, sign_bit, sign_bit, sign_bit, sign_bit, sign_bit, sign_bit, sign_bit, sign_bit, sign_bit, sign_bit, sign_bit, sign_bit, sign_bit, sign_bit, sign_bit, shifted_data[31:8] } : 
                          (N37)? { sign_bit, sign_bit, sign_bit, sign_bit, sign_bit, sign_bit, sign_bit, sign_bit, sign_bit, sign_bit, sign_bit, sign_bit, sign_bit, sign_bit, sign_bit, sign_bit, sign_bit, sign_bit, sign_bit, sign_bit, sign_bit, sign_bit, sign_bit, sign_bit, sign_bit, sign_bit, sign_bit, sign_bit, sign_bit, sign_bit, sign_bit, sign_bit, sign_bit, sign_bit, sign_bit, sign_bit, sign_bit, sign_bit, sign_bit, sign_bit, sign_bit, sign_bit, sign_bit, sign_bit, sign_bit, sign_bit, sign_bit, sign_bit, shifted_data[15:8] } : 
                          (N38)? { sign_bit, sign_bit, sign_bit, sign_bit, sign_bit, sign_bit, sign_bit, sign_bit, sign_bit, sign_bit, sign_bit, sign_bit, sign_bit, sign_bit, sign_bit, sign_bit, sign_bit, sign_bit, sign_bit, sign_bit, sign_bit, sign_bit, sign_bit, sign_bit, sign_bit, sign_bit, sign_bit, sign_bit, sign_bit, sign_bit, sign_bit, sign_bit, sign_bit, sign_bit, sign_bit, sign_bit, sign_bit, sign_bit, sign_bit, sign_bit, sign_bit, sign_bit, sign_bit, sign_bit, sign_bit, sign_bit, sign_bit, sign_bit, sign_bit, sign_bit, sign_bit, sign_bit, sign_bit, sign_bit, sign_bit, sign_bit } : 
                          (N358)? shifted_data : 1'b0;
  assign N36 = N315;
  assign N37 = N336;
  assign N38 = N355;
  assign N39 = ~req_port_i[65];
  assign N40 = ~page_offset_matches_i;
  assign N47 = ~lsu_ctrl_i[3];
  assign N56 = ~lsu_ctrl_i[5];
  assign N60 = ~lsu_ctrl_i[6];
  assign N83 = N406 | N407;
  assign N406 = N404 | N405;
  assign N404 = N402 | N403;
  assign N402 = N400 | N401;
  assign N400 = N398 | N399;
  assign N398 = N396 | N397;
  assign N396 = N394 | N395;
  assign N394 = N392 | N393;
  assign N392 = N390 | N391;
  assign N390 = N388 | N389;
  assign N388 = N386 | N387;
  assign N386 = N384 | N385;
  assign N384 = N382 | N383;
  assign N382 = N380 | N381;
  assign N380 = ~N46;
  assign N381 = ~N49;
  assign N383 = ~N55;
  assign N385 = ~N59;
  assign N387 = ~N65;
  assign N389 = ~N67;
  assign N391 = ~N70;
  assign N393 = ~N71;
  assign N395 = ~N72;
  assign N397 = ~N74;
  assign N399 = ~N75;
  assign N401 = ~N77;
  assign N403 = ~N79;
  assign N405 = ~N81;
  assign N407 = ~N82;
  assign N100 = N436 | N437;
  assign N436 = N434 | N435;
  assign N434 = N432 | N433;
  assign N432 = N430 | N431;
  assign N430 = N428 | N429;
  assign N428 = N426 | N427;
  assign N426 = N424 | N425;
  assign N424 = N422 | N423;
  assign N422 = N420 | N421;
  assign N420 = N418 | N419;
  assign N418 = N416 | N417;
  assign N416 = N414 | N415;
  assign N414 = N412 | N413;
  assign N412 = N410 | N411;
  assign N410 = N408 | N409;
  assign N408 = ~N84;
  assign N409 = ~N85;
  assign N411 = ~N86;
  assign N413 = ~N87;
  assign N415 = ~N88;
  assign N417 = ~N89;
  assign N419 = ~N90;
  assign N421 = ~N91;
  assign N423 = ~N92;
  assign N425 = ~N93;
  assign N427 = ~N94;
  assign N429 = ~N95;
  assign N431 = ~N96;
  assign N433 = ~N97;
  assign N435 = ~N98;
  assign N437 = ~N99;
  assign N106 = N444 | N445;
  assign N444 = N442 | N443;
  assign N442 = N440 | N441;
  assign N440 = N438 | N439;
  assign N438 = ~N101;
  assign N439 = ~N102;
  assign N441 = ~N103;
  assign N443 = ~N104;
  assign N445 = ~N105;
  assign N112 = N452 | N453;
  assign N452 = N450 | N451;
  assign N450 = N448 | N449;
  assign N448 = N446 | N447;
  assign N446 = ~N107;
  assign N447 = ~N108;
  assign N449 = ~N109;
  assign N451 = ~N110;
  assign N453 = ~N111;
  assign N113 = ~lsu_ctrl_i[7];
  assign N122 = ~lsu_ctrl_i[8];
  assign N125 = ~lsu_ctrl_i[9];
  assign N127 = ~lsu_ctrl_i[4];
  assign N135 = N116 | N461;
  assign N461 = N118 | N460;
  assign N460 = N119 | N459;
  assign N459 = N120 | N458;
  assign N458 = N121 | N457;
  assign N457 = N123 | N456;
  assign N456 = N124 | N455;
  assign N455 = N126 | N454;
  assign N454 = N131 | N134;
  assign N140 = ~N139;
  assign N143 = ~N142;
  assign N146 = ~N145;
  assign N149 = ~N148;
  assign N152 = ~N151;
  assign N155 = ~N154;
  assign N156 = ~valid_i;
  assign N157 = dtlb_hit_i | N39;
  assign N167 = ~dtlb_hit_i;
  assign N168 = ~req_port_i[65];
  assign N178 = N140 | N137;
  assign N179 = N143 | N178;
  assign N180 = N146 | N179;
  assign N181 = N149 | N180;
  assign N182 = N152 | N181;
  assign N183 = N155 | N182;
  assign N184 = ~N183;
  assign N189 = ex_i[0] & valid_i;
  assign N190 = ~N189;
  assign N191 = ~req_port_i[64];
  assign N196 = pop_ld_o & N462;
  assign N462 = ~ex_i[0];
  assign N197 = ~N196;
  assign N198 = ~flush_i;
  assign N170 = dtlb_hit_i & req_port_i[65];
  assign N199 = req_port_i[64] & N379;
  assign N200 = ~N199;
  assign N201 = ~req_port_o[1];
  assign N202 = ~ex_i[0];
  assign N205 = N463 & N191;
  assign N463 = valid_i & ex_i[0];
  assign N206 = N376 | N205;
  assign N207 = ~N206;
  assign N208 = ~N205;
  assign N209 = N376 & N208;
  assign N210 = ~rst_ni;
  assign N211 = ~load_data_d[5];
  assign N214 = ~N213;
  assign N215 = ~load_data_d[2];
  assign N219 = ~load_data_d[1];
  assign N220 = ~load_data_d[0];
  assign N224 = ~load_data_d[3];
  assign N228 = N466 | N467;
  assign N466 = N464 | N465;
  assign N464 = ~N218;
  assign N465 = ~N223;
  assign N467 = ~N227;
  assign N229 = ~load_data_d[6];
  assign N230 = ~load_data_d[4];
  assign N235 = ~N234;
  assign N239 = N470 | N238;
  assign N470 = N468 | N469;
  assign N468 = ~N236;
  assign N469 = ~N237;
  assign N249 = N471 | N472;
  assign N471 = ~N244;
  assign N472 = ~N248;
  assign N250 = ~N240;
  assign N252 = ~N251;
  assign N262 = N473 | N474;
  assign N473 = ~N257;
  assign N474 = ~N261;
  assign N263 = ~N253;
  assign N265 = n__tmp493 | N251;
  assign N266 = ~N265;
  assign N270 = N275;
  assign N274 = ~N251;
  assign N275 = n__tmp493 & N274;
  assign N276 = ~idx_q[0];
  assign N277 = ~idx_q[1];
  assign N278 = N276 & N277;
  assign N279 = N276 & idx_q[1];
  assign N280 = idx_q[0] & N277;
  assign N281 = idx_q[0] & idx_q[1];
  assign N282 = ~idx_q[2];
  assign N283 = N278 & N282;
  assign N284 = N278 & idx_q[2];
  assign N285 = N280 & N282;
  assign N286 = N280 & idx_q[2];
  assign N287 = N279 & N282;
  assign N288 = N279 & idx_q[2];
  assign N289 = N281 & N282;
  assign N290 = N281 & idx_q[2];
  assign sign_bit = N475 | fp_sign_q;
  assign N475 = signed_q & N291;
  assign N292 = ~load_data_q[5];
  assign N293 = ~load_data_q[2];
  assign N300 = ~load_data_q[0];
  assign N307 = ~load_data_q[6];
  assign N308 = ~load_data_q[4];
  assign N315 = N478 | N479;
  assign N478 = N476 | N477;
  assign N476 = ~N299;
  assign N477 = ~N306;
  assign N479 = ~N314;
  assign N316 = ~load_data_q[1];
  assign N323 = ~load_data_q[3];
  assign N336 = N482 | N483;
  assign N482 = N480 | N481;
  assign N480 = ~N322;
  assign N481 = ~N329;
  assign N483 = ~N335;
  assign N355 = N486 | N487;
  assign N486 = N484 | N485;
  assign N484 = ~N342;
  assign N485 = ~N348;
  assign N487 = ~N354;
  assign N356 = N336 | N315;
  assign N357 = N355 | N356;
  assign N358 = ~N357;
  assign N359 = N190 & N198;
  assign N360 = N137 & N359;
  assign N361 = N156 & N360;
  assign N362 = N140 & N359;
  assign N363 = page_offset_matches_i & N362;
  assign N364 = N361 | N363;
  assign N365 = N146 & N359;
  assign N366 = N167 & N365;
  assign N367 = N364 | N366;
  assign N368 = N149 & N359;
  assign N369 = N168 & N368;
  assign N370 = N367 | N369;
  assign N371 = ~N370;

endmodule